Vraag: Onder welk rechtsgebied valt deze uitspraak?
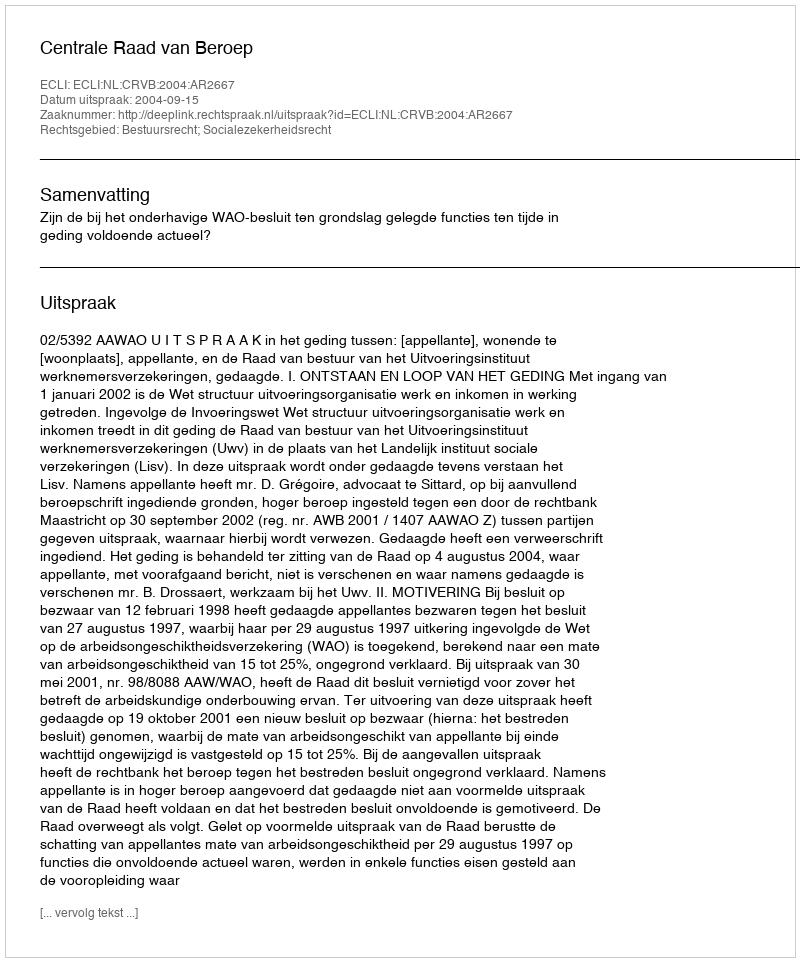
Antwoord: Bestuursrecht; Socialezekerheidsrecht